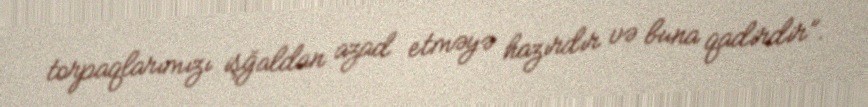
torpaqlarımızı işğaldan azad etməyə hazırdır və buna qadirdir”.